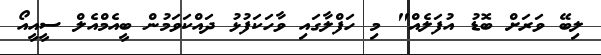
ލިބޭ ވަރަށް ބޮޑު އުފަލެއް" މި ހަފްލާގައި ވާހަކަފުޅު ދައްކަވަމުން ބީއެމްއެލް ސީއީއޯ